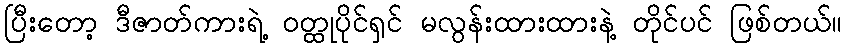
ပြီးတော့ ဒီဇာတ်ကားရဲ့ ဝတ္ထုပိုင်ရှင် မလွန်းထားထားနဲ့ တိုင်ပင် ဖြစ်တယ်။